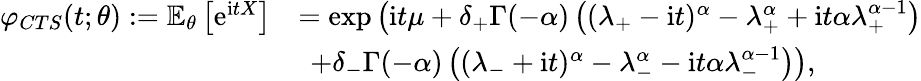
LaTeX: \begin{array}{rl}{\varphi_{CTS}(t;\theta):=\mathbb{E}_{\theta}\left[\mathrm{e}^{\mathrm{i}tX}\right]}&{=\exp\left(\mathrm{i}t\mu+\delta_{+}\Gamma(-\alpha)\left((\lambda_{+}-\mathrm{i}t)^{\alpha}-\lambda_{+}^{\alpha}+\mathrm{i}t\alpha\lambda_{+}^{\alpha-1}\right)\right.}\\ &{\ \left.+\delta_{-}\Gamma(-\alpha)\left((\lambda_{-}+\mathrm{i}t)^{\alpha}-\lambda_{-}^{\alpha}-\mathrm{i}t\alpha\lambda_{-}^{\alpha-1}\right)\right),}\end{array}